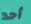
أحد